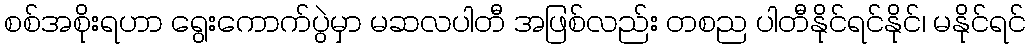
စစ်အစိုးရဟာ ရွေးကောက်ပွဲမှာ မဆလပါတီ အဖြစ်လည်း တစည ပါတီနိုင်ရင်နိုင်၊ မနိုင်ရင်